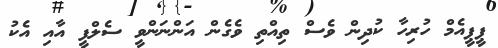
ޕީޕީއެމް ހުރިހާ ކުދިން ވެސް ތިއްތި ވެގެން އަންނަންވީ ސެލްފީ އާއި އެކު